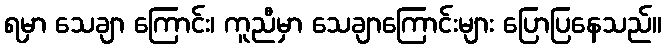
ရမှာ သေချာ ကြောင်း၊ ကူညီမှာ သေချာကြောင်းများ ပြောပြနေသည်။